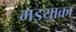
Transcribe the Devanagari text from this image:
मइयाका